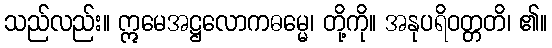
သည်လည်း။ ဣမေအဋ္ဌလောကဓမ္မေ၊ တို့ကို။ အနုပရိဝတ္တတိ၊ ၏။